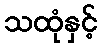
သထုံနှင့်